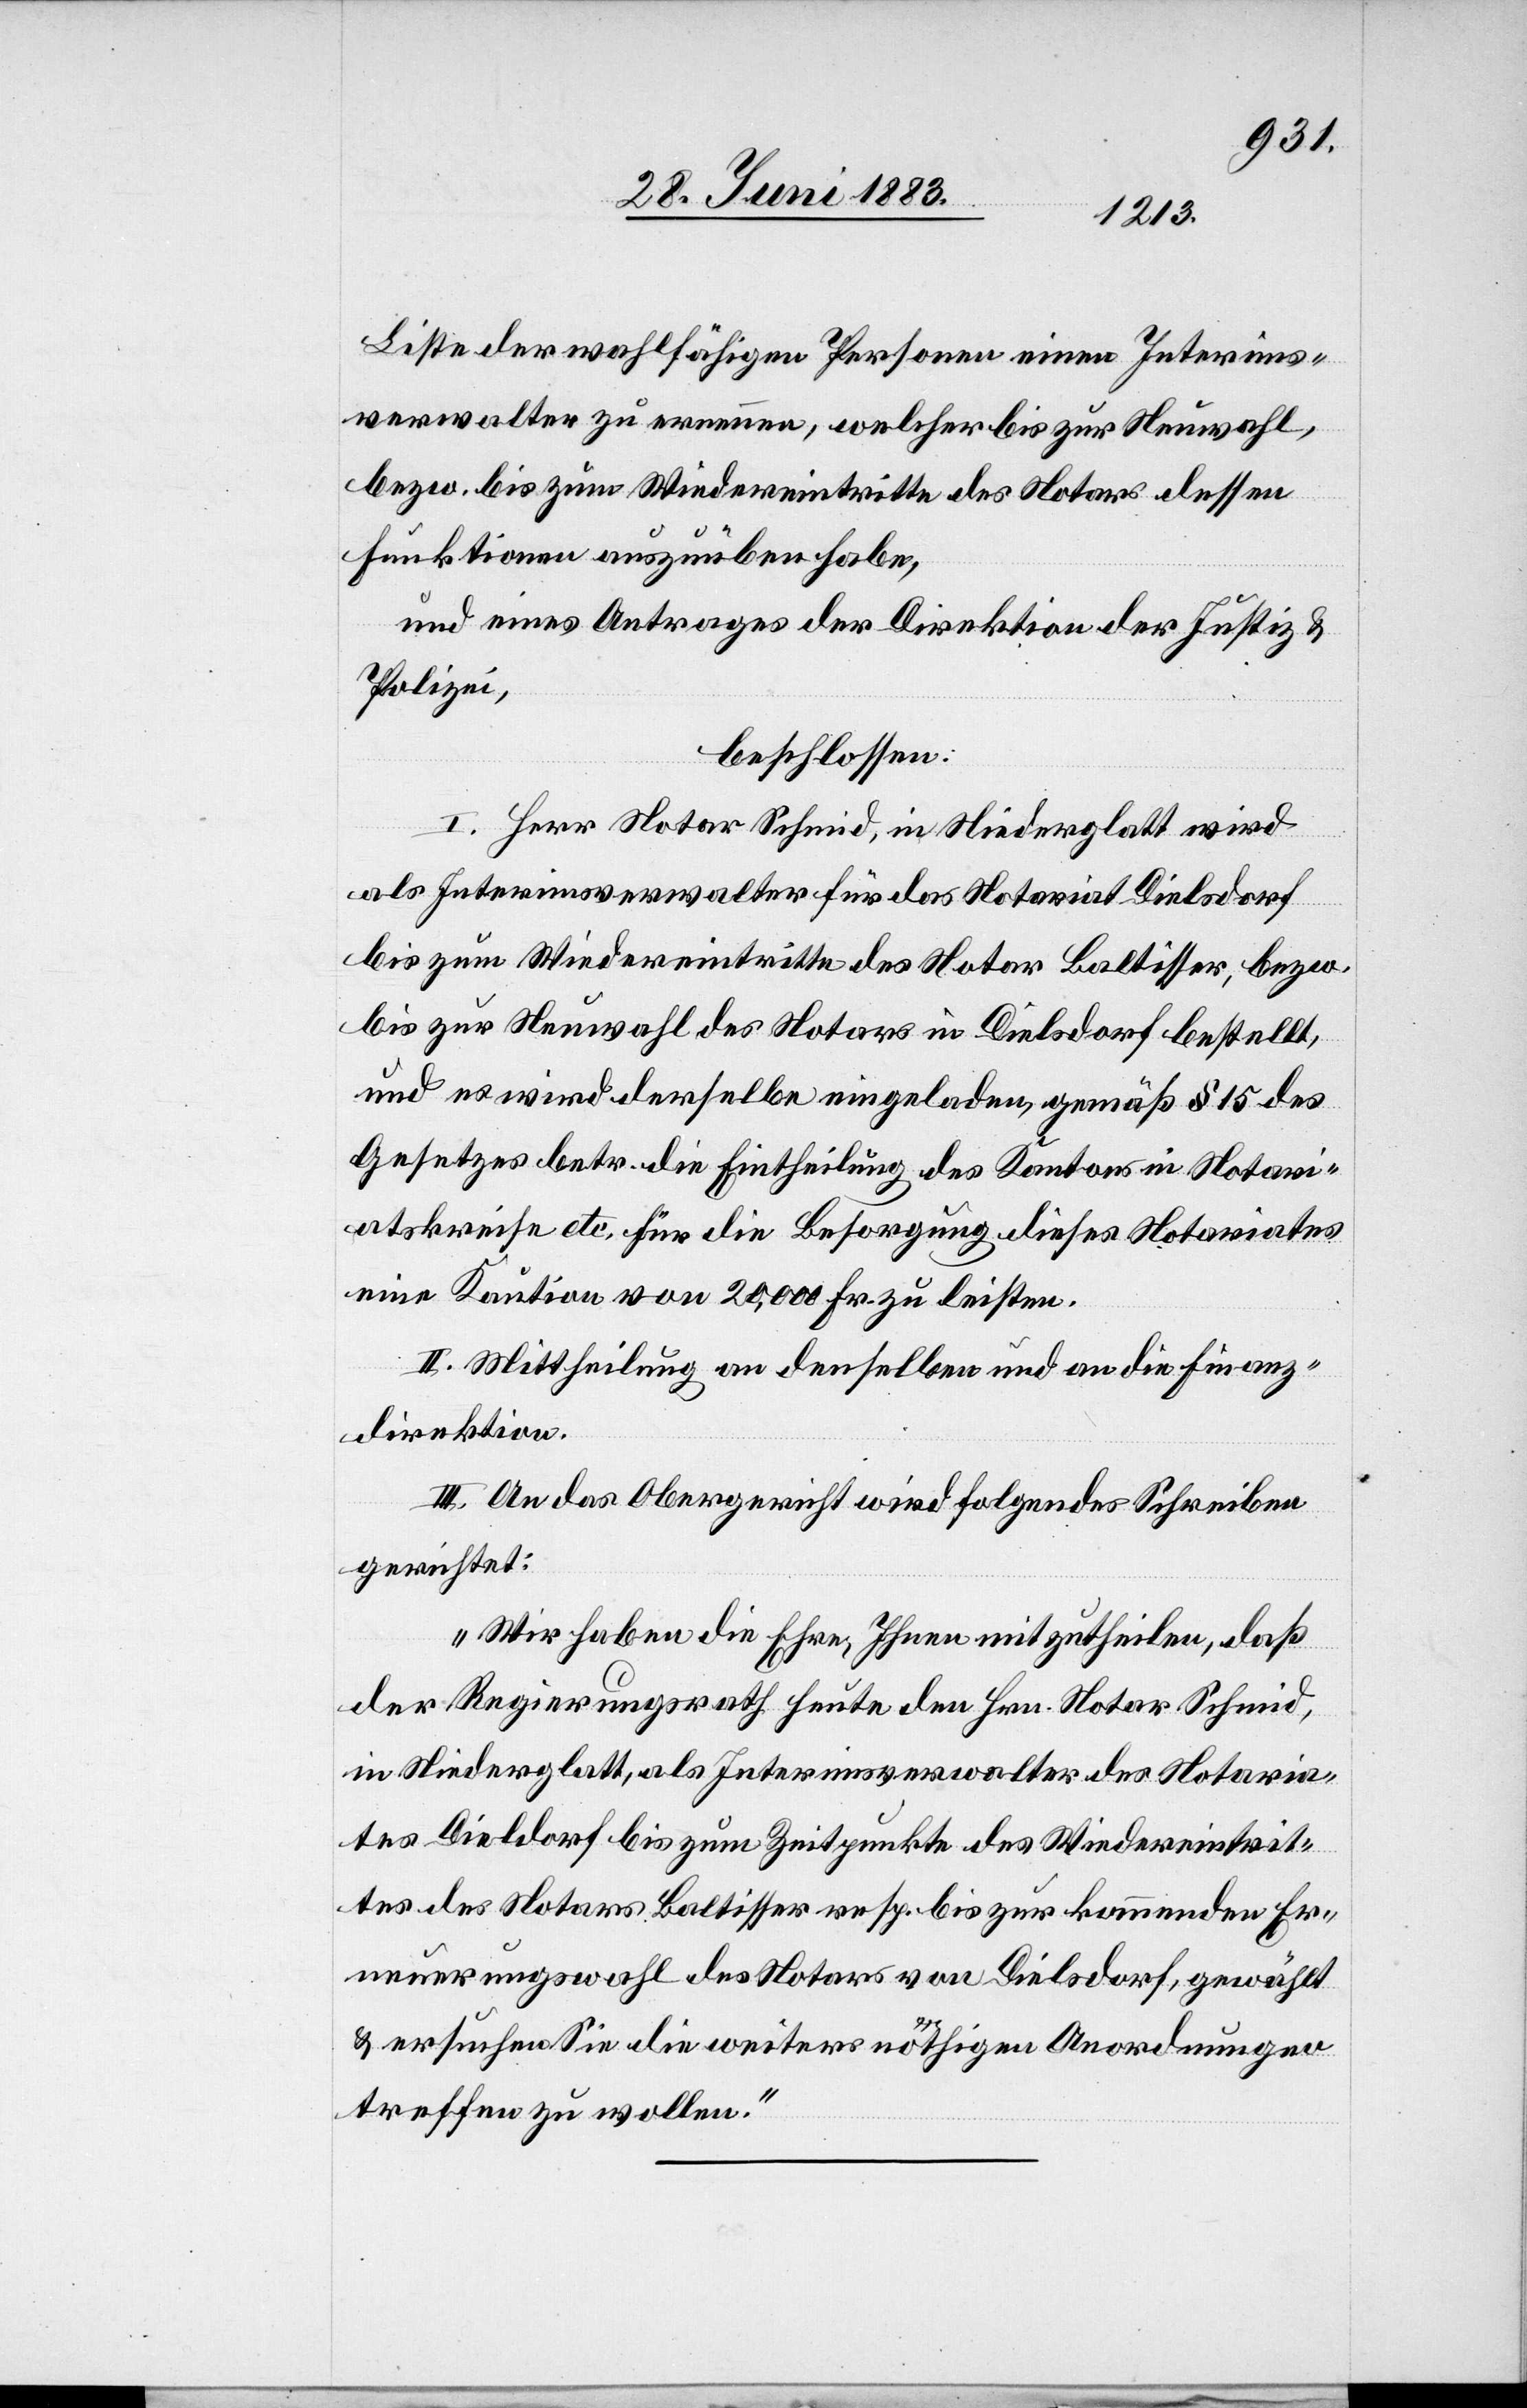
Liste der wahlfähigen Personen einen Interims¬
verwalter zu ernennen, welcher bis zur Neuwahl,
bezw. bis zum Wiedereintritte des Notars dessen
Funktionen auszuüben habe,
und eines Antrages der Direktion der Justiz &
Polizei,
beschlossen:
I. Herr Notar Schmid, in Niederglatt wird
als Interimsverwalter für das Notariat Dielsdorf
bis zum Wiedereintritte des Notar Baltisser, bezw.
bis zur Neuwahl des Notars in Dielsdorf bestellt,
und es wird derselbe eingeladen, gemäß § 15 des
Gesetzes betr. die Eintheilung des Kantons in Notari¬
atskreise etc. für die Besorgung dieses Notariates
eine Kaution von 20,000 Fr. zu leisten.
II. Mittheilung an denselben und an die Finanz¬
direktion.
III. An das Obergericht wird folgendes Schreiben
gerichtet:
„Wir haben die Ehre, Ihnen mitzutheilen, daß
der Regierungsrath heute den Hrn. Notar Schmid,
in Niederglatt, als Interimsverwalter des Notaria¬
tes Dielsdorf bis zum Zeitpunkte des Wiedereintrit¬
tes des Notars Baltisser resp. bis zur kommenden Er¬
neuerungswahl des Notars von Dielsdorf, gewählt
& ersuchen Sie die weiters nöthigen Anordnungen
treffen zu wollen.“